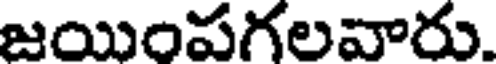
జయింపగలవారు.